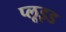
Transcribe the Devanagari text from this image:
प्लूइड